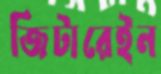
জিটারেইন